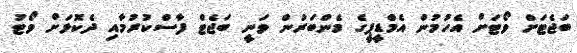
ބަޖެޓަށް ވޯޓަށް އެހުމުން އެމްޑީޕީގެ މެންބަރުން ވަނީ ބަޖެޓް ފާސްކުރުމާއި ދެކޮޅަށް ވޯޓު